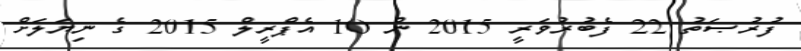
ފުރުޞަތު 22 ފެބުރުވަރީ 2015 ން 10 އެޕްރީލް 2015 ގެ ނިޔަލަށް